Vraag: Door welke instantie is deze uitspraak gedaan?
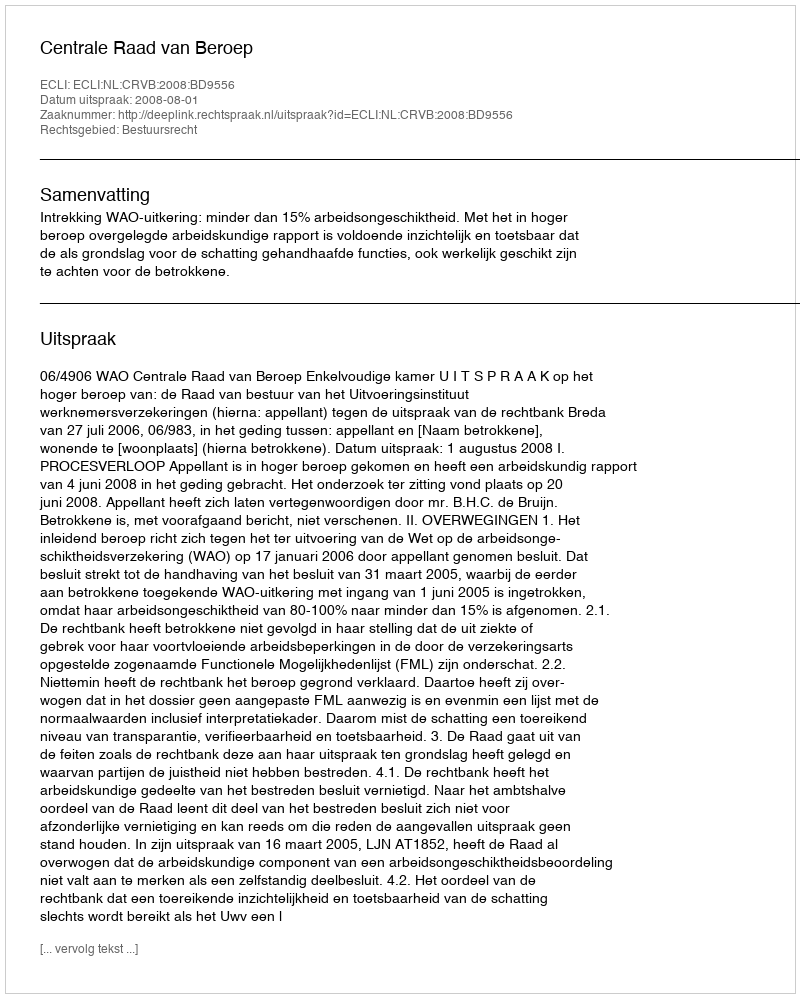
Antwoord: Centrale Raad van Beroep